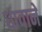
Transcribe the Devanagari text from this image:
धावाने